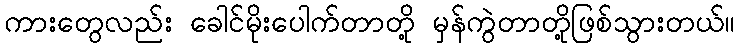
ကားတွေလည်း ခေါင်မိုးပေါက်တာတို့ မှန်ကွဲတာတို့ဖြစ်သွားတယ်။